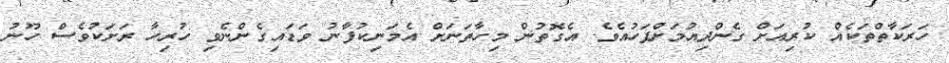
ހަރަކާތްތަކެއް ކުރިއަށް ގެންދިއުމަށްފަހުއެވެ. އެގޮތުން މިހާތަނަށް އެމަނިކުފާނު ވަޑައިގެންނެވި ހުރިހާ ރަށަކުވެސް ހޫނު